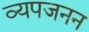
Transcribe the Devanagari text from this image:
व्‍यपजनन